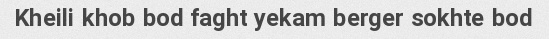
Kheili khob bod faght yekam berger sokhte bod